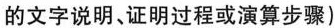
的文字说明、证明过程或演算步骤)